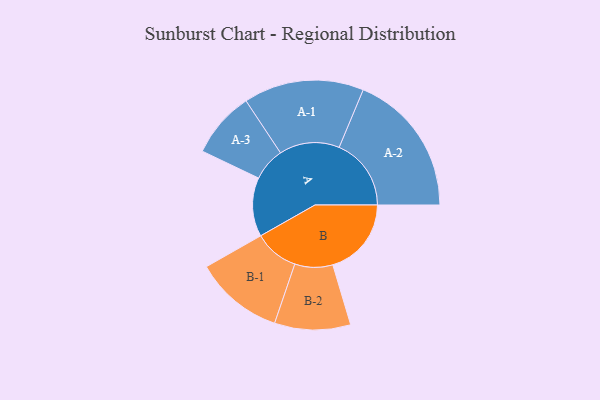
{"axis": {"x": "Segment", "y": "Value"}, "legend": ["", "A", "B"], "data": [{"x": "A", "y": 244, "type": ""}, {"x": "B", "y": 325, "type": ""}, {"x": "A-1", "y": 249, "type": "A"}, {"x": "A-2", "y": 298, "type": "A"}, {"x": "A-3", "y": 137, "type": "A"}, {"x": "B-1", "y": 184, "type": "B"}, {"x": "B-2", "y": 157, "type": "B"}]}